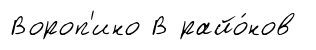
Вороп'ино В райо́нов